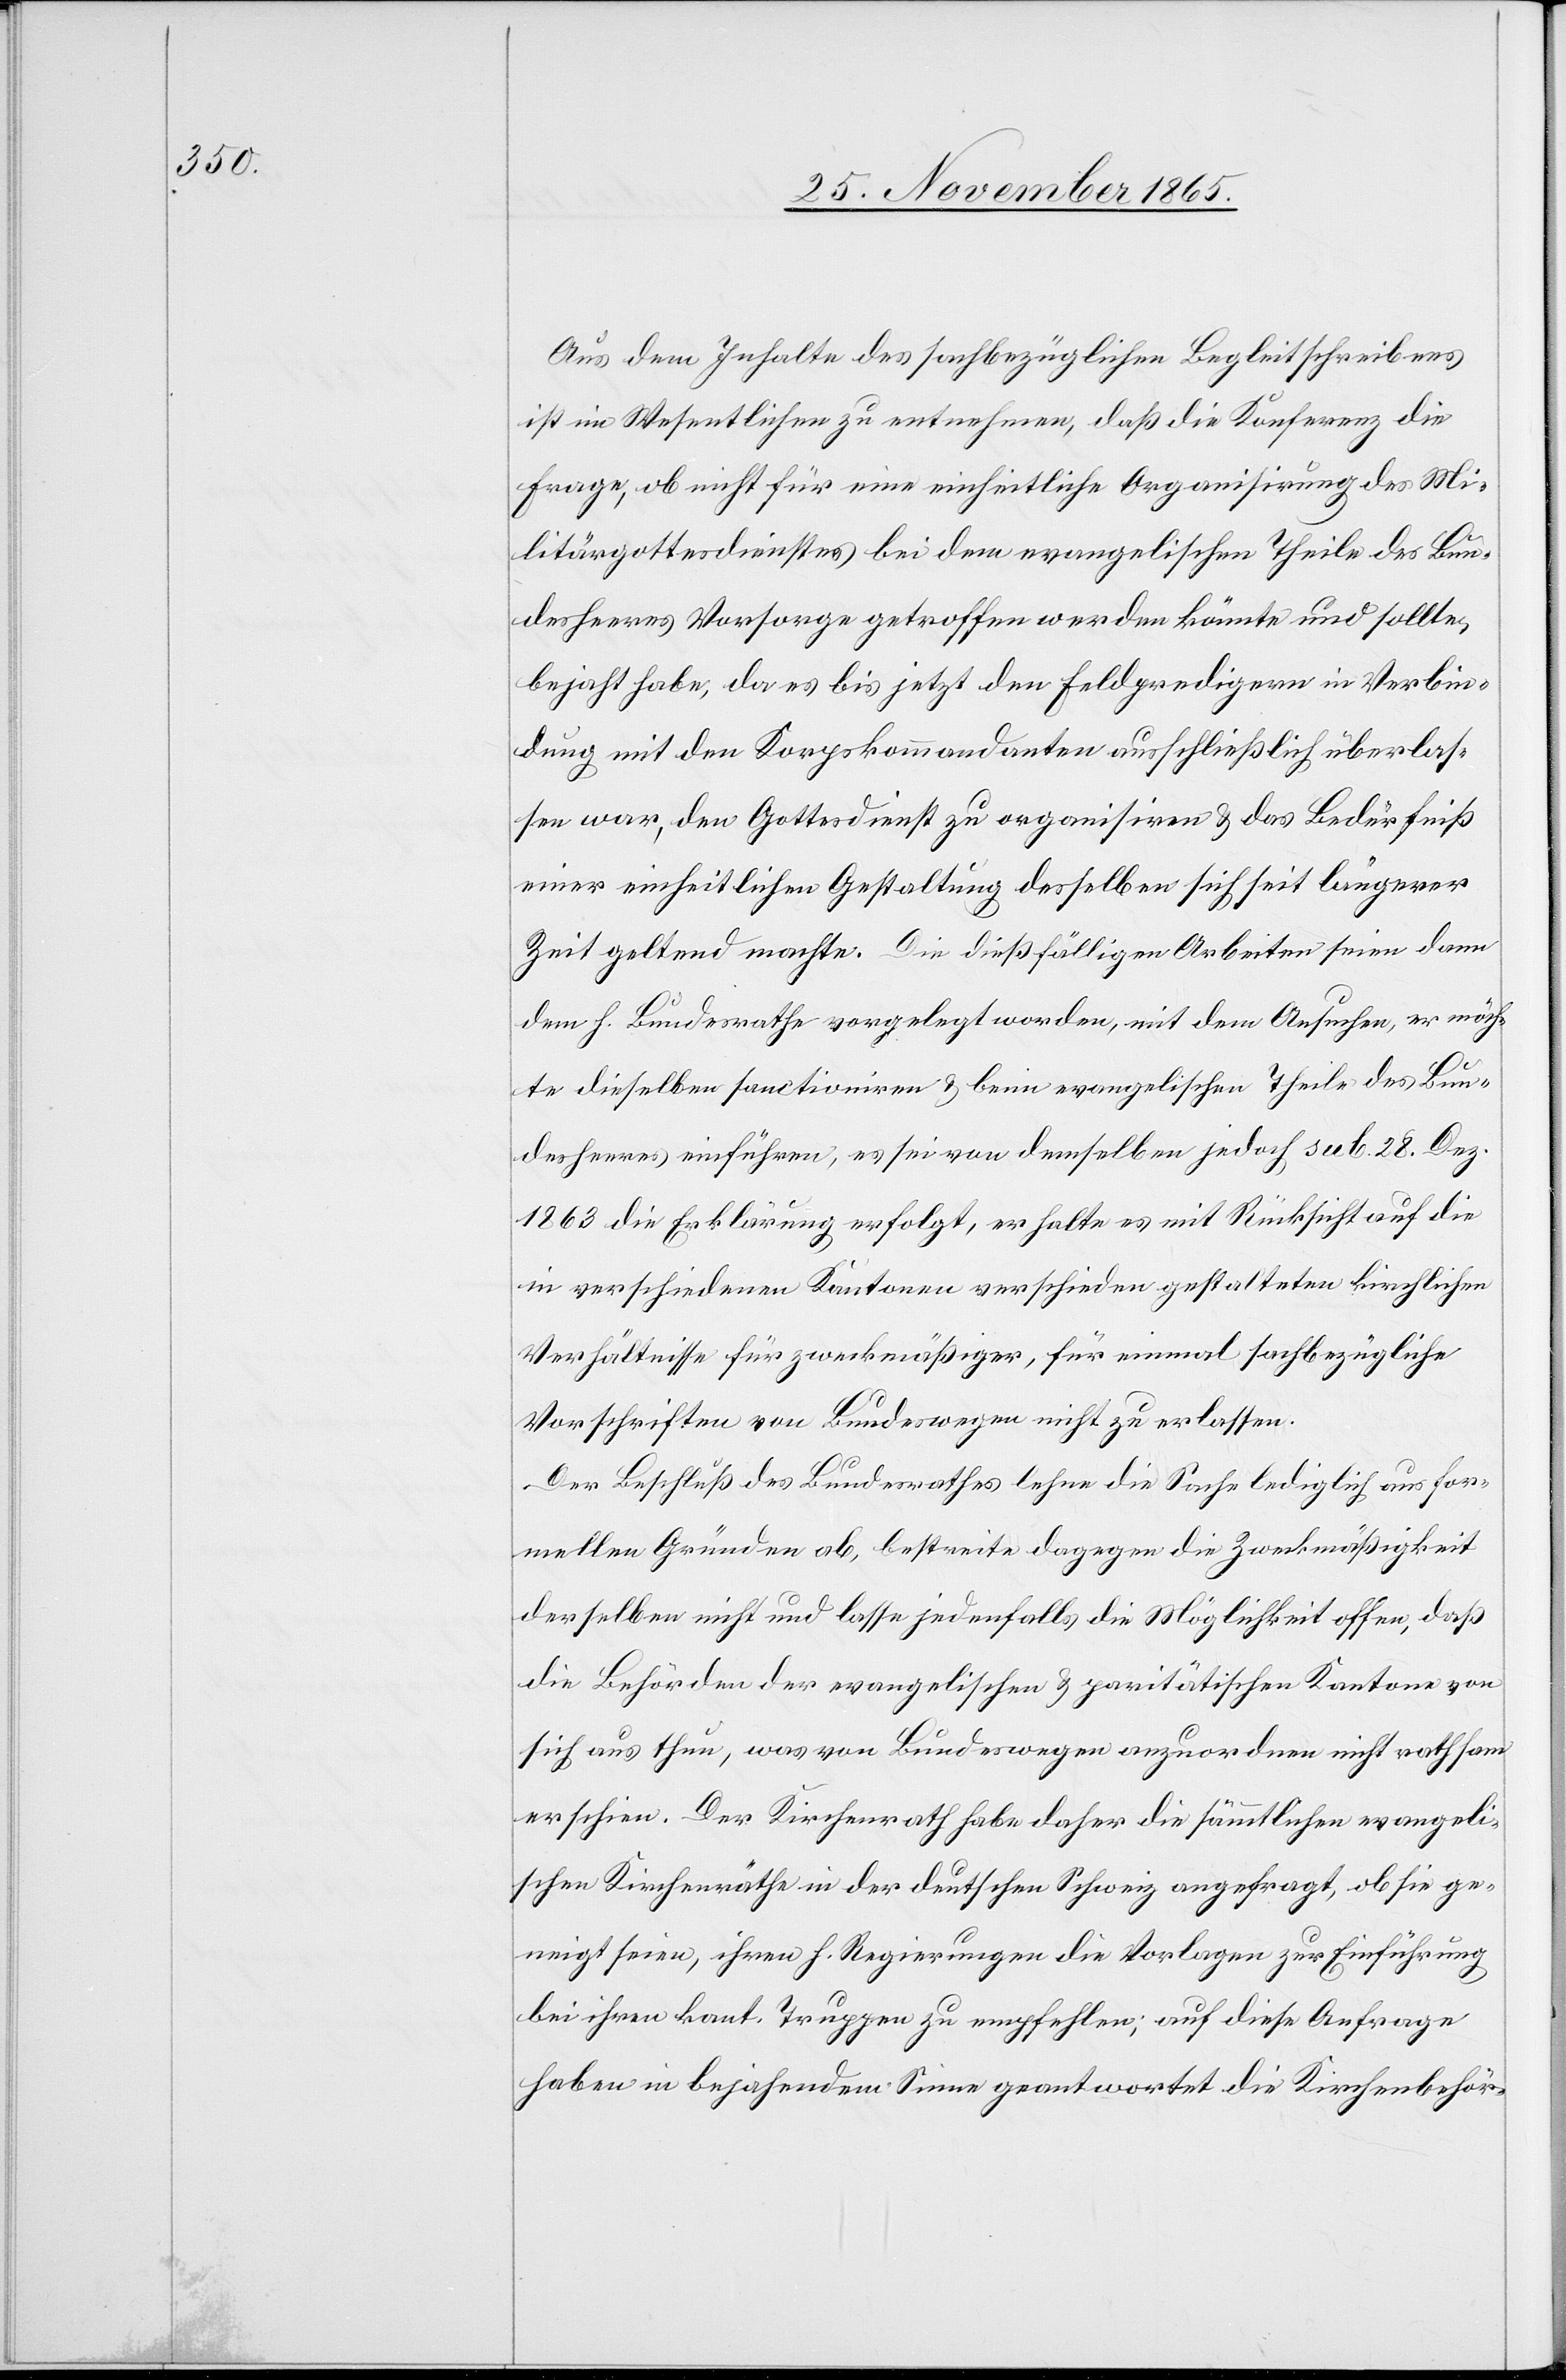
Aus dem Inhalte des sachbezüglichen Begleitschreibens
ist im Wesentlichen zu entnehmen, daß die Konferenz die
Frage, ob nicht für eine einheitliche Organisirung des Mi¬
litärgottesdienstes bei dem evangelischen Theile des Bun¬
desheeres Vorsorge getroffen werden könnte und sollte,
bejaht habe, da es bis jetzt den Feldpredigern in Verbin¬
dung mit den Korpskommandanten ausschließlich überlas¬
sen war, den Gottesdienst zu organisiren & das Bedürfniß
einer einheitlichen Gestaltung desselben sich seit längerer
Zeit geltend mache. Die dießfälligen Arbeiten seien dann
dem h. Bundesrathe vorgelegt worden, mit dem Ansuchen, er möch¬
te dieselben sanctioniren & beim evangelischen Theile des Bun¬
desheeres einführen, es sei von demselben jedoch sub. 28. Dez.
1863 die Erklärung erfolgt, er halte es mit Rücksicht auf die
in verschiedenen Kantonen verschieden gestalteten kirchlichen
Verhältnisse für zweckmäßiger, für einmal sachbezügliche
Vorschriften von Bundeswegen nicht zu erlassen.
Der Beschluß des Bundesrathes lehne die Sache lediglich aus for¬
mellen Gründen ab, bestreite dagegen die Zweckmäßigkeit
derselben nicht und lasse jedenfalls die Möglichkeit offen, daß
die Behörden der evangelischen & paritätischen Kantone von
sich aus thun, was von Bundeswegen anzuordnen nicht rathsam
erscheine. Der Kirchenrath habe daher die sämmtlichen evangeli¬
schen Kirchenräthe in der deutschen Schweiz angefragt, ob sie ge¬
neigt seien, ihren h. Regierungen die Vorlagen zur Einführung
bei ihren kant. Truppen zu empfehlen; auf diese Anfrage
haben in bejahendem Sinne geantwortet die Kirchenbehör-